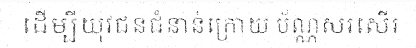
ដើម្បីយុវជនជំនាន់ក្រោយ ប័ណ្ណសរសើរ